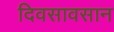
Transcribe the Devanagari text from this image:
दिवसावसान